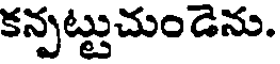
కన్పట్టుచుండెను.